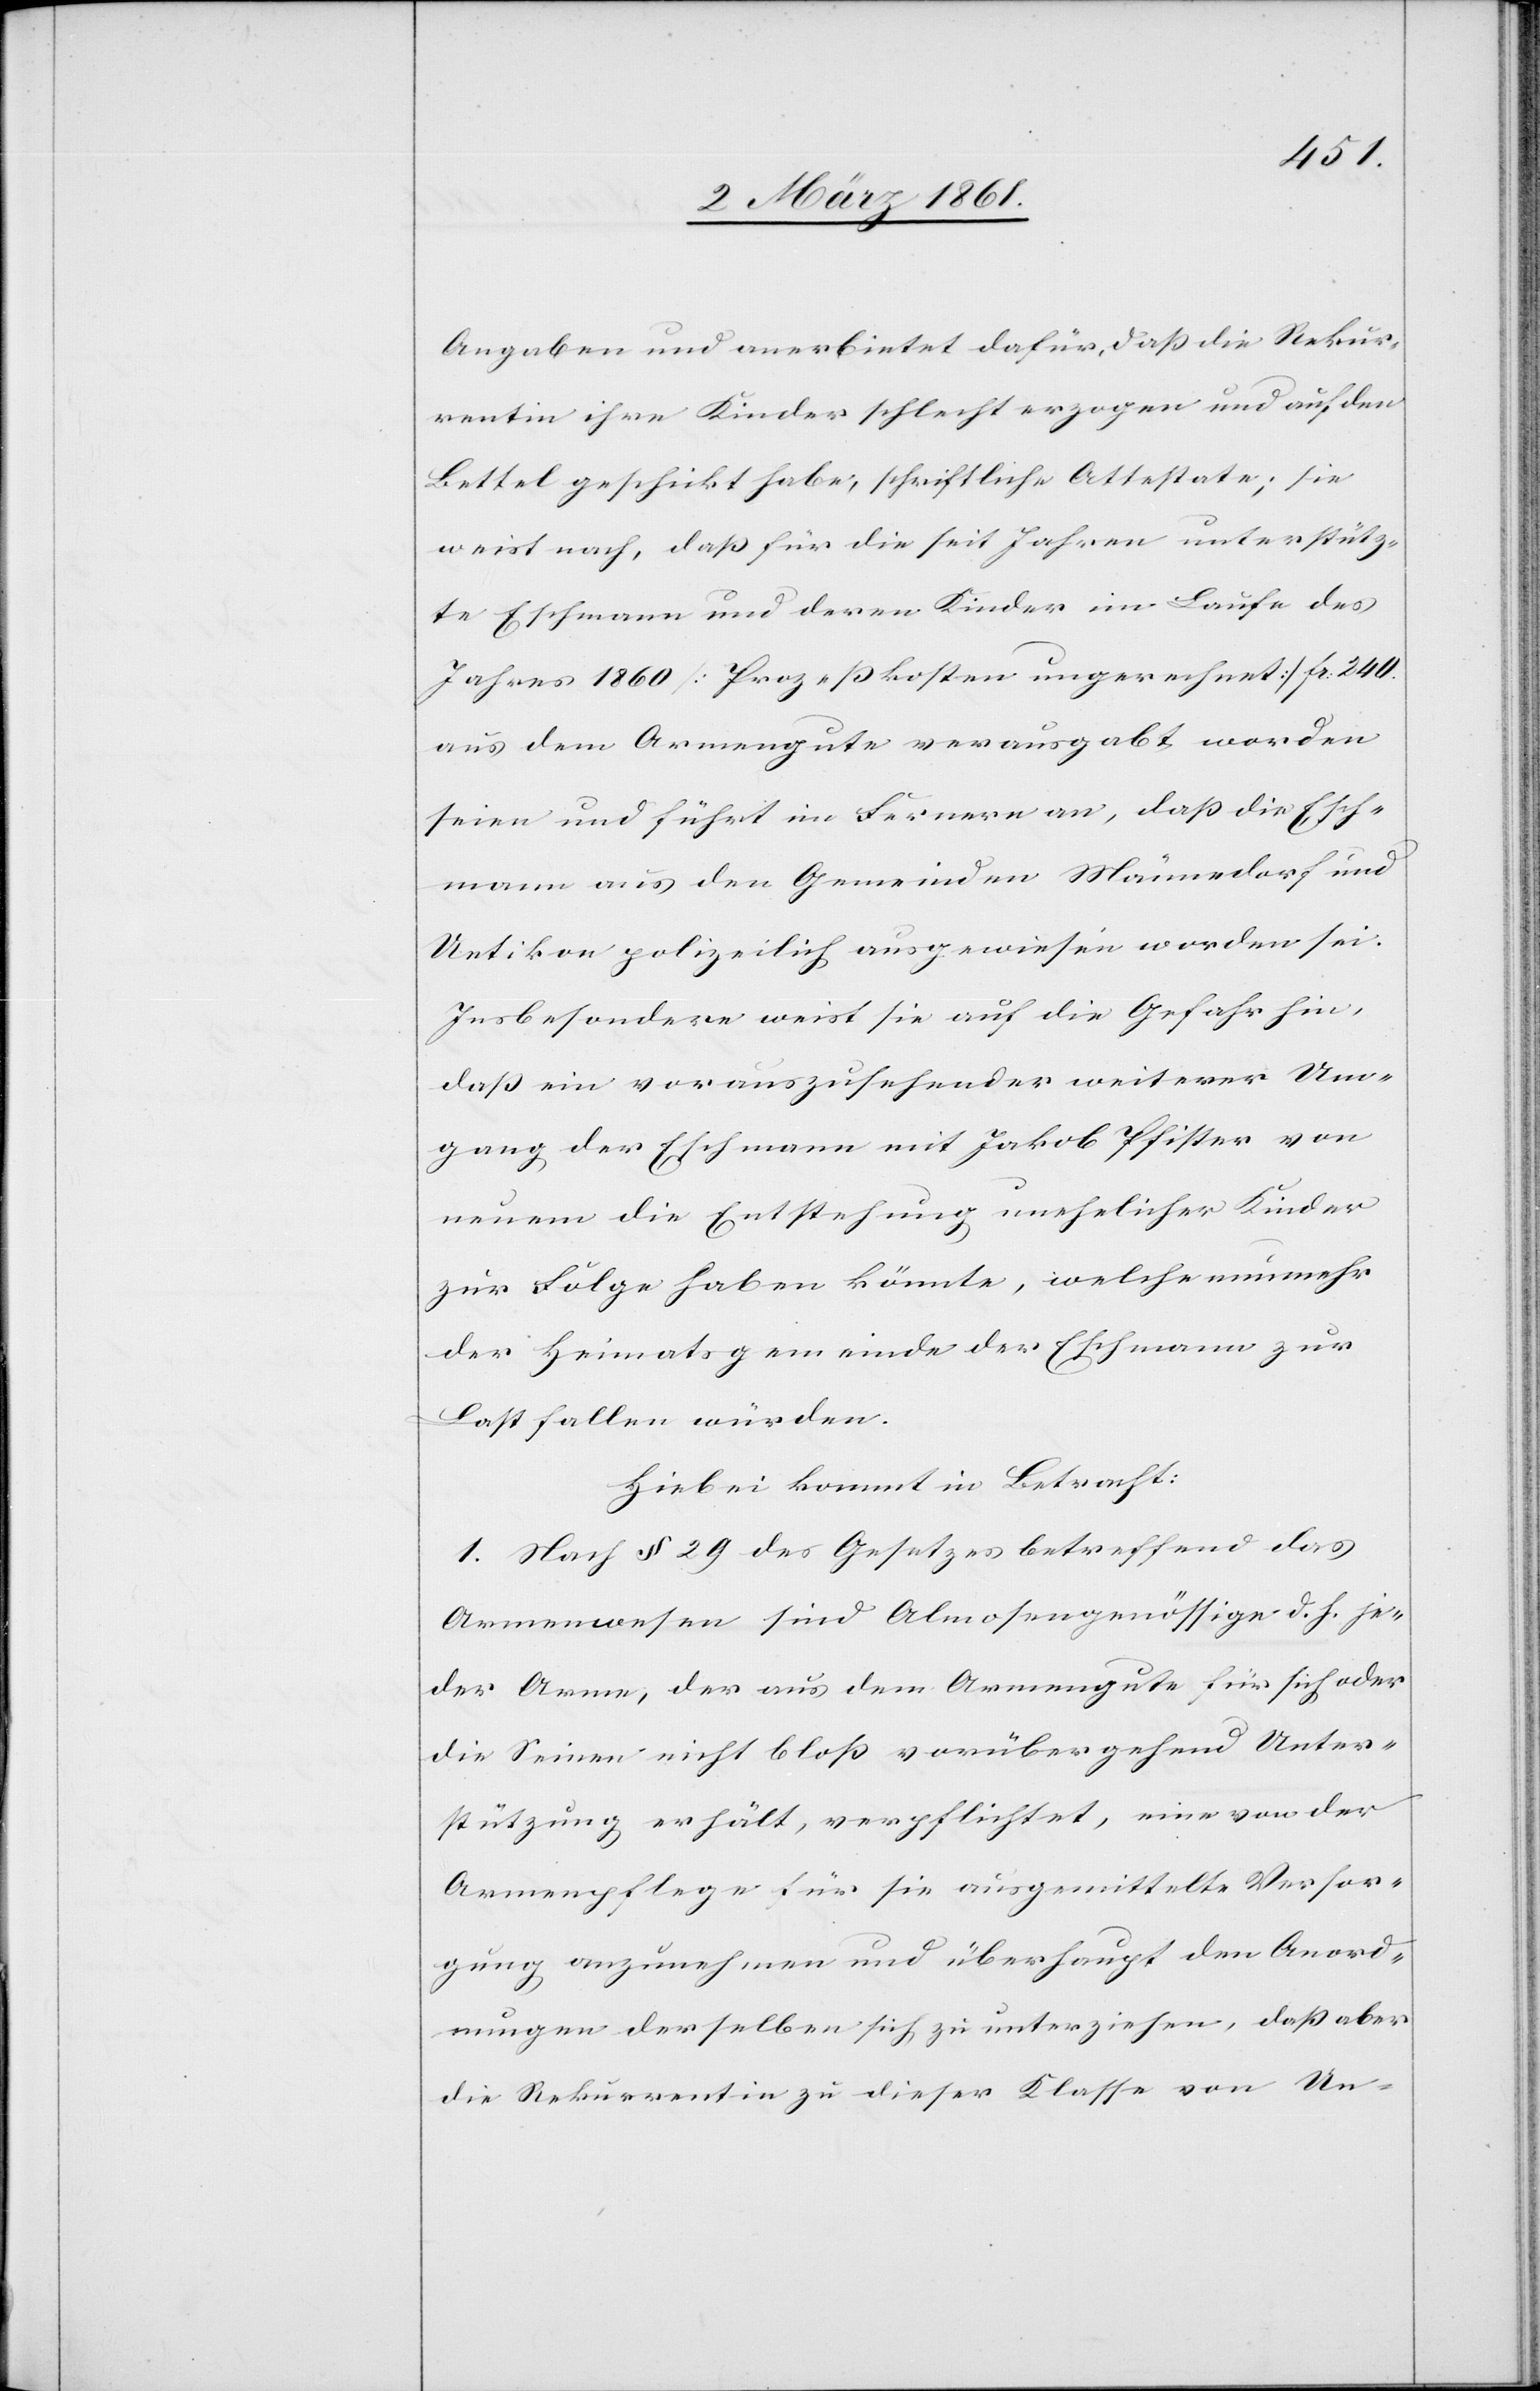
Angaben und anerbietet dafür, dass die Rekur¬
rentin ihre Kinder schlecht erzogen und auf den
Bettel geschickt habe, schriftliche Attestate; sie
weist nach, dass für die seit Jahren unterstütz¬
te Eschmann und deren Kinder im Laufe des
Jahres 1860 [Prozesskosten ungerechnet] fr. 240
aus dem Armengute verausgabt worden
seien und führt im Fernern an, dass die Esch¬
mann aus den Gemeinden Männedorf und
Uetikon polizeilich ausgewiesen worden sei.
Insbesondere weist sie auf die Gefahr hin,
dass ein vorauszusehender weiterer Um¬
gang der Eschmann mit Jakob Pfister von
neuem die Entstehung unehelicher Kinder
zur Folge haben könnte, welche nunmehr
der Heimatsgemeinde der Eschmann zur
Last fallen würden.
Hiebei kommt in Betracht:
1. Nach § 29 des Gesetzes betreffend das
Armenwesen sind Almosengenössige d. h. je¬
der Arme, der aus dem Armengute für sich oder
die Seinen nicht bloss vorübergehend Unter¬
stützung erhält, verpflichtet, eine von der
Armenpflege für sie ausgemittelte Versor¬
gung anzunehmen und überhaupt den Anord¬
nungen derselben sich zu unterziehen, dass aber
die Rekurrentin zu dieser Klasse von Un-